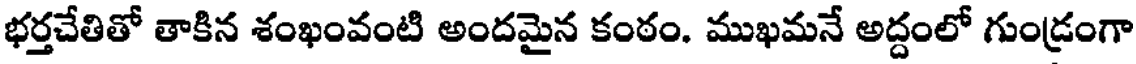
భర్తచేతితో తాకిన శంఖంవంటి అందమైన కంఠం. ముఖమనే అద్దంలో గుండ్రంగా